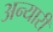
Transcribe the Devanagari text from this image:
अन्यारी